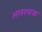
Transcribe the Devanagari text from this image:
आवश्याक